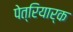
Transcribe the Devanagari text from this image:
पेत्रियार्क